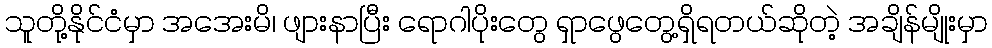
သူတို့နိုင်ငံမှာ အအေးမိ၊ ဖျားနာပြီး ရောဂါပိုးတွေ ရှာဖွေတွေ့ရှိရတယ်ဆိုတဲ့ အချိန်မျိုးမှာ